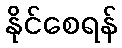
နိုင်စေရန်